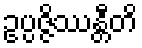
ဥပ္ပဇ္ဇိဿန္တီတိ